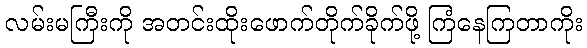
လမ်းမကြီးကို အတင်းထိုးဖောက်တိုက်ခိုက်ဖို့ ကြံနေကြတာကိုး